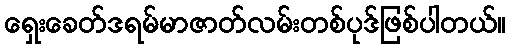
ရှေးခေတ်ဒရမ်မာဇာတ်လမ်းတစ်ပုဒ်ဖြစ်ပါတယ်။